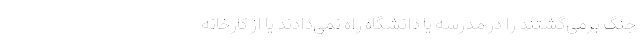
جنگ برمی‌گشتند را در مدرسه یا دانشگاه راه نمی‌دادند یا از کارخانه